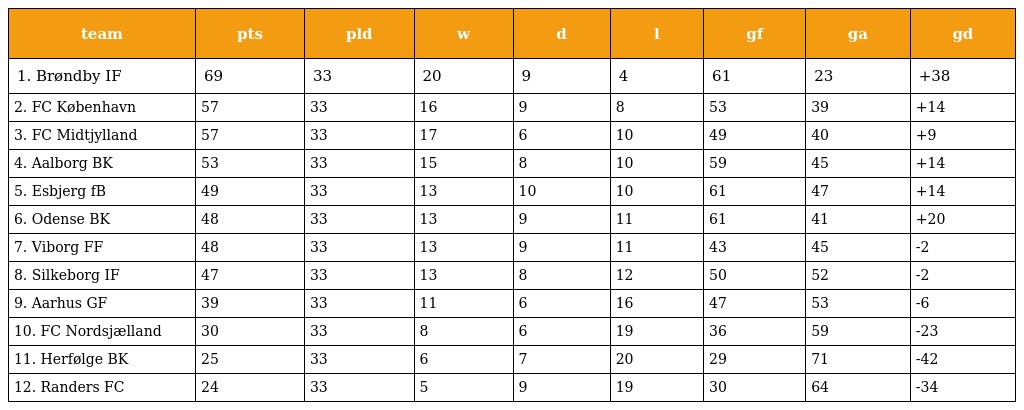
| team | pts | pld | w | d | l | gf | ga | gd |
 | --- | --- | --- | --- | --- | --- | --- | --- | --- |
 | 1. Brøndby IF | 69 | 33 | 20 | 9 | 4 | 61 | 23 | +38 |
 | 2. FC København | 57 | 33 | 16 | 9 | 8 | 53 | 39 | +14 |
 | 3. FC Midtjylland | 57 | 33 | 17 | 6 | 10 | 49 | 40 | +9 |
 | 4. Aalborg BK | 53 | 33 | 15 | 8 | 10 | 59 | 45 | +14 |
 | 5. Esbjerg fB | 49 | 33 | 13 | 10 | 10 | 61 | 47 | +14 |
 | 6. Odense BK | 48 | 33 | 13 | 9 | 11 | 61 | 41 | +20 |
 | 7. Viborg FF | 48 | 33 | 13 | 9 | 11 | 43 | 45 | -2 |
 | 8. Silkeborg IF | 47 | 33 | 13 | 8 | 12 | 50 | 52 | -2 |
 | 9. Aarhus GF | 39 | 33 | 11 | 6 | 16 | 47 | 53 | -6 |
 | 10. FC Nordsjælland | 30 | 33 | 8 | 6 | 19 | 36 | 59 | -23 |
 | 11. Herfølge BK | 25 | 33 | 6 | 7 | 20 | 29 | 71 | -42 |
 | 12. Randers FC | 24 | 33 | 5 | 9 | 19 | 30 | 64 | -34 |